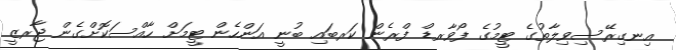
އިނގިރޭސިވިލާތުގެ ޓީމުގެ ފޯވާރޑް ފްރެން ކަރބައި ބުނީ އަންހެން ޓީމަށް ހާއްސަކޮށްގެން ޖާރޒީ